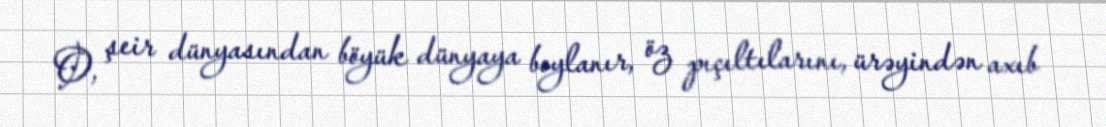
O, şeir dünyasından böyük dünyaya boylanır, öz pıçıltılarını, ürəyindən axıb